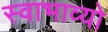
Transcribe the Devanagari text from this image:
स्वाभाव्यो